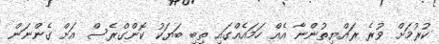
ކުރުމަށް ވުރެ ރައްޔިތުންނާ އެއް ހަމައެއްގައި ތިބި ބަޔަކު ކޮންގްރެސް އަށް ގެންނަން